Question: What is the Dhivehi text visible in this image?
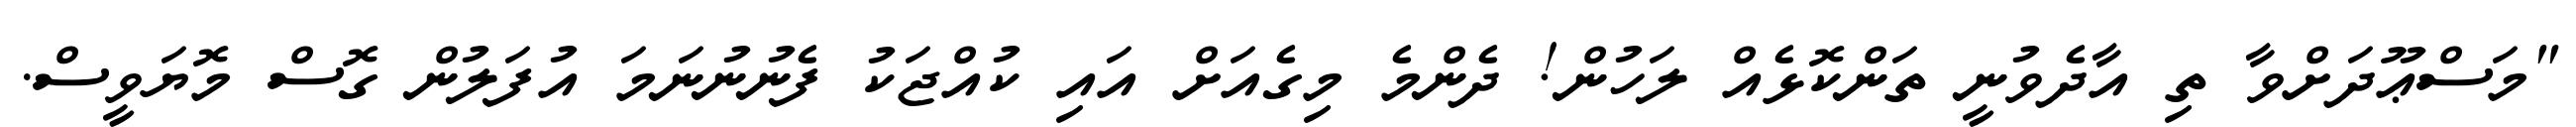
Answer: "މަސްޢޫދަށްވާ ތި އާދެވުނީ ތަންކޮޅެއް ލަހުން! ދެންމެ މިގެއަށް އައި ކުއްޖަކު ފެނުނުނަމަ އުފަލުން ގޮސް މޮޔަވީސް.